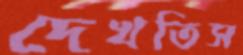
দেখতিস